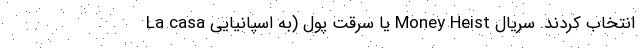
انتخاب کردند. سریال Money Heist یا سرقت پول (به اسپانیایی La casa